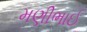
મણીભાઈ